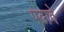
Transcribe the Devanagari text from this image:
पढावे